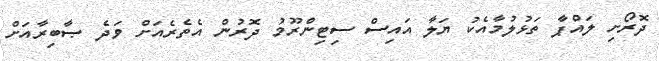
ދޮރޯށި ލައްޕާ ތަޅުލުމާއެކު ޔަލާ އައިސް ސިޓިންރޫމު ދޮރުން އެތެރެއަށް ވަދެ ޞާބިރާއަށް